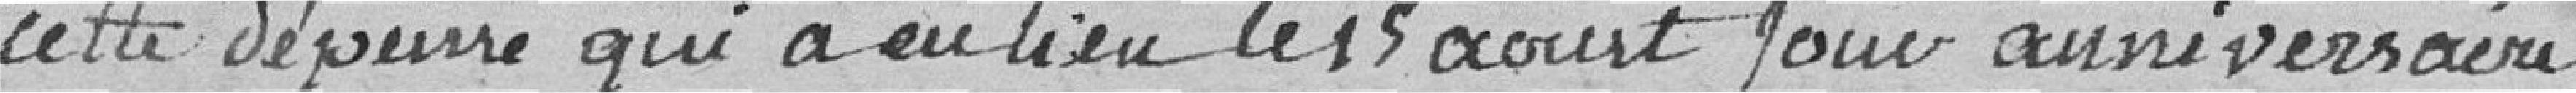
cette dépense qui a eu lieu le 15 août jour anniversaire